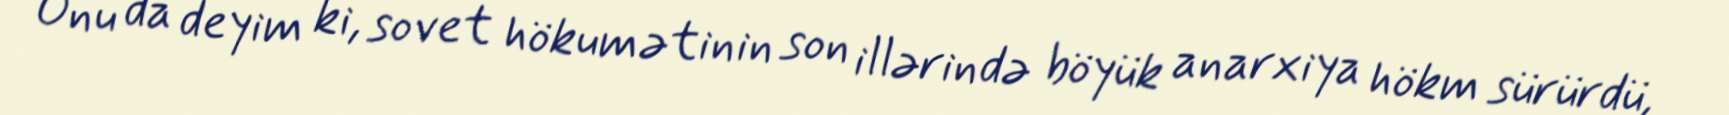
Onu da deyim ki, sovet hökumətinin son illərində böyük anarxiya hökm sürürdü,